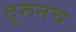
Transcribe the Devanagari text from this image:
दूरूनच